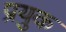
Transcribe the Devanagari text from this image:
प्रयुक